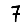
Digit: 7